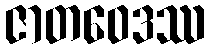
ဇာတဝေဒဿ